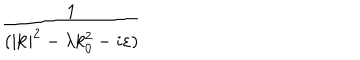
\frac { 1 } { ( | \mathbf { k } | ^ { 2 } - \lambda k _ { 0 } ^ { 2 } - i \varepsilon ) }